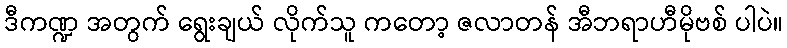
ဒီကဏ္ဍ အတွက် ရွေးချယ် လိုက်သူ ကတော့ ဇလာတန် အီဘရာဟီမိုဗစ် ပါပဲ။